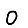
Digit: 0